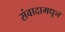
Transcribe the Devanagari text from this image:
संवादामधून